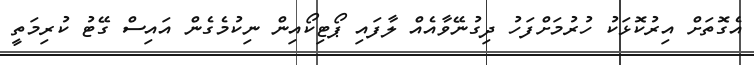
އެގޮތަށް އިރުކޮޅަކު ހުރުމަށްފަހު ދިގުނޭވާއެއް ލާފައި ޕޯޓިކޯއިން ނިކުމެގެން އައިސް ގޭޓު ކުރިމަތީ